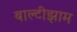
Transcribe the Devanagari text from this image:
बाल्टीझाम